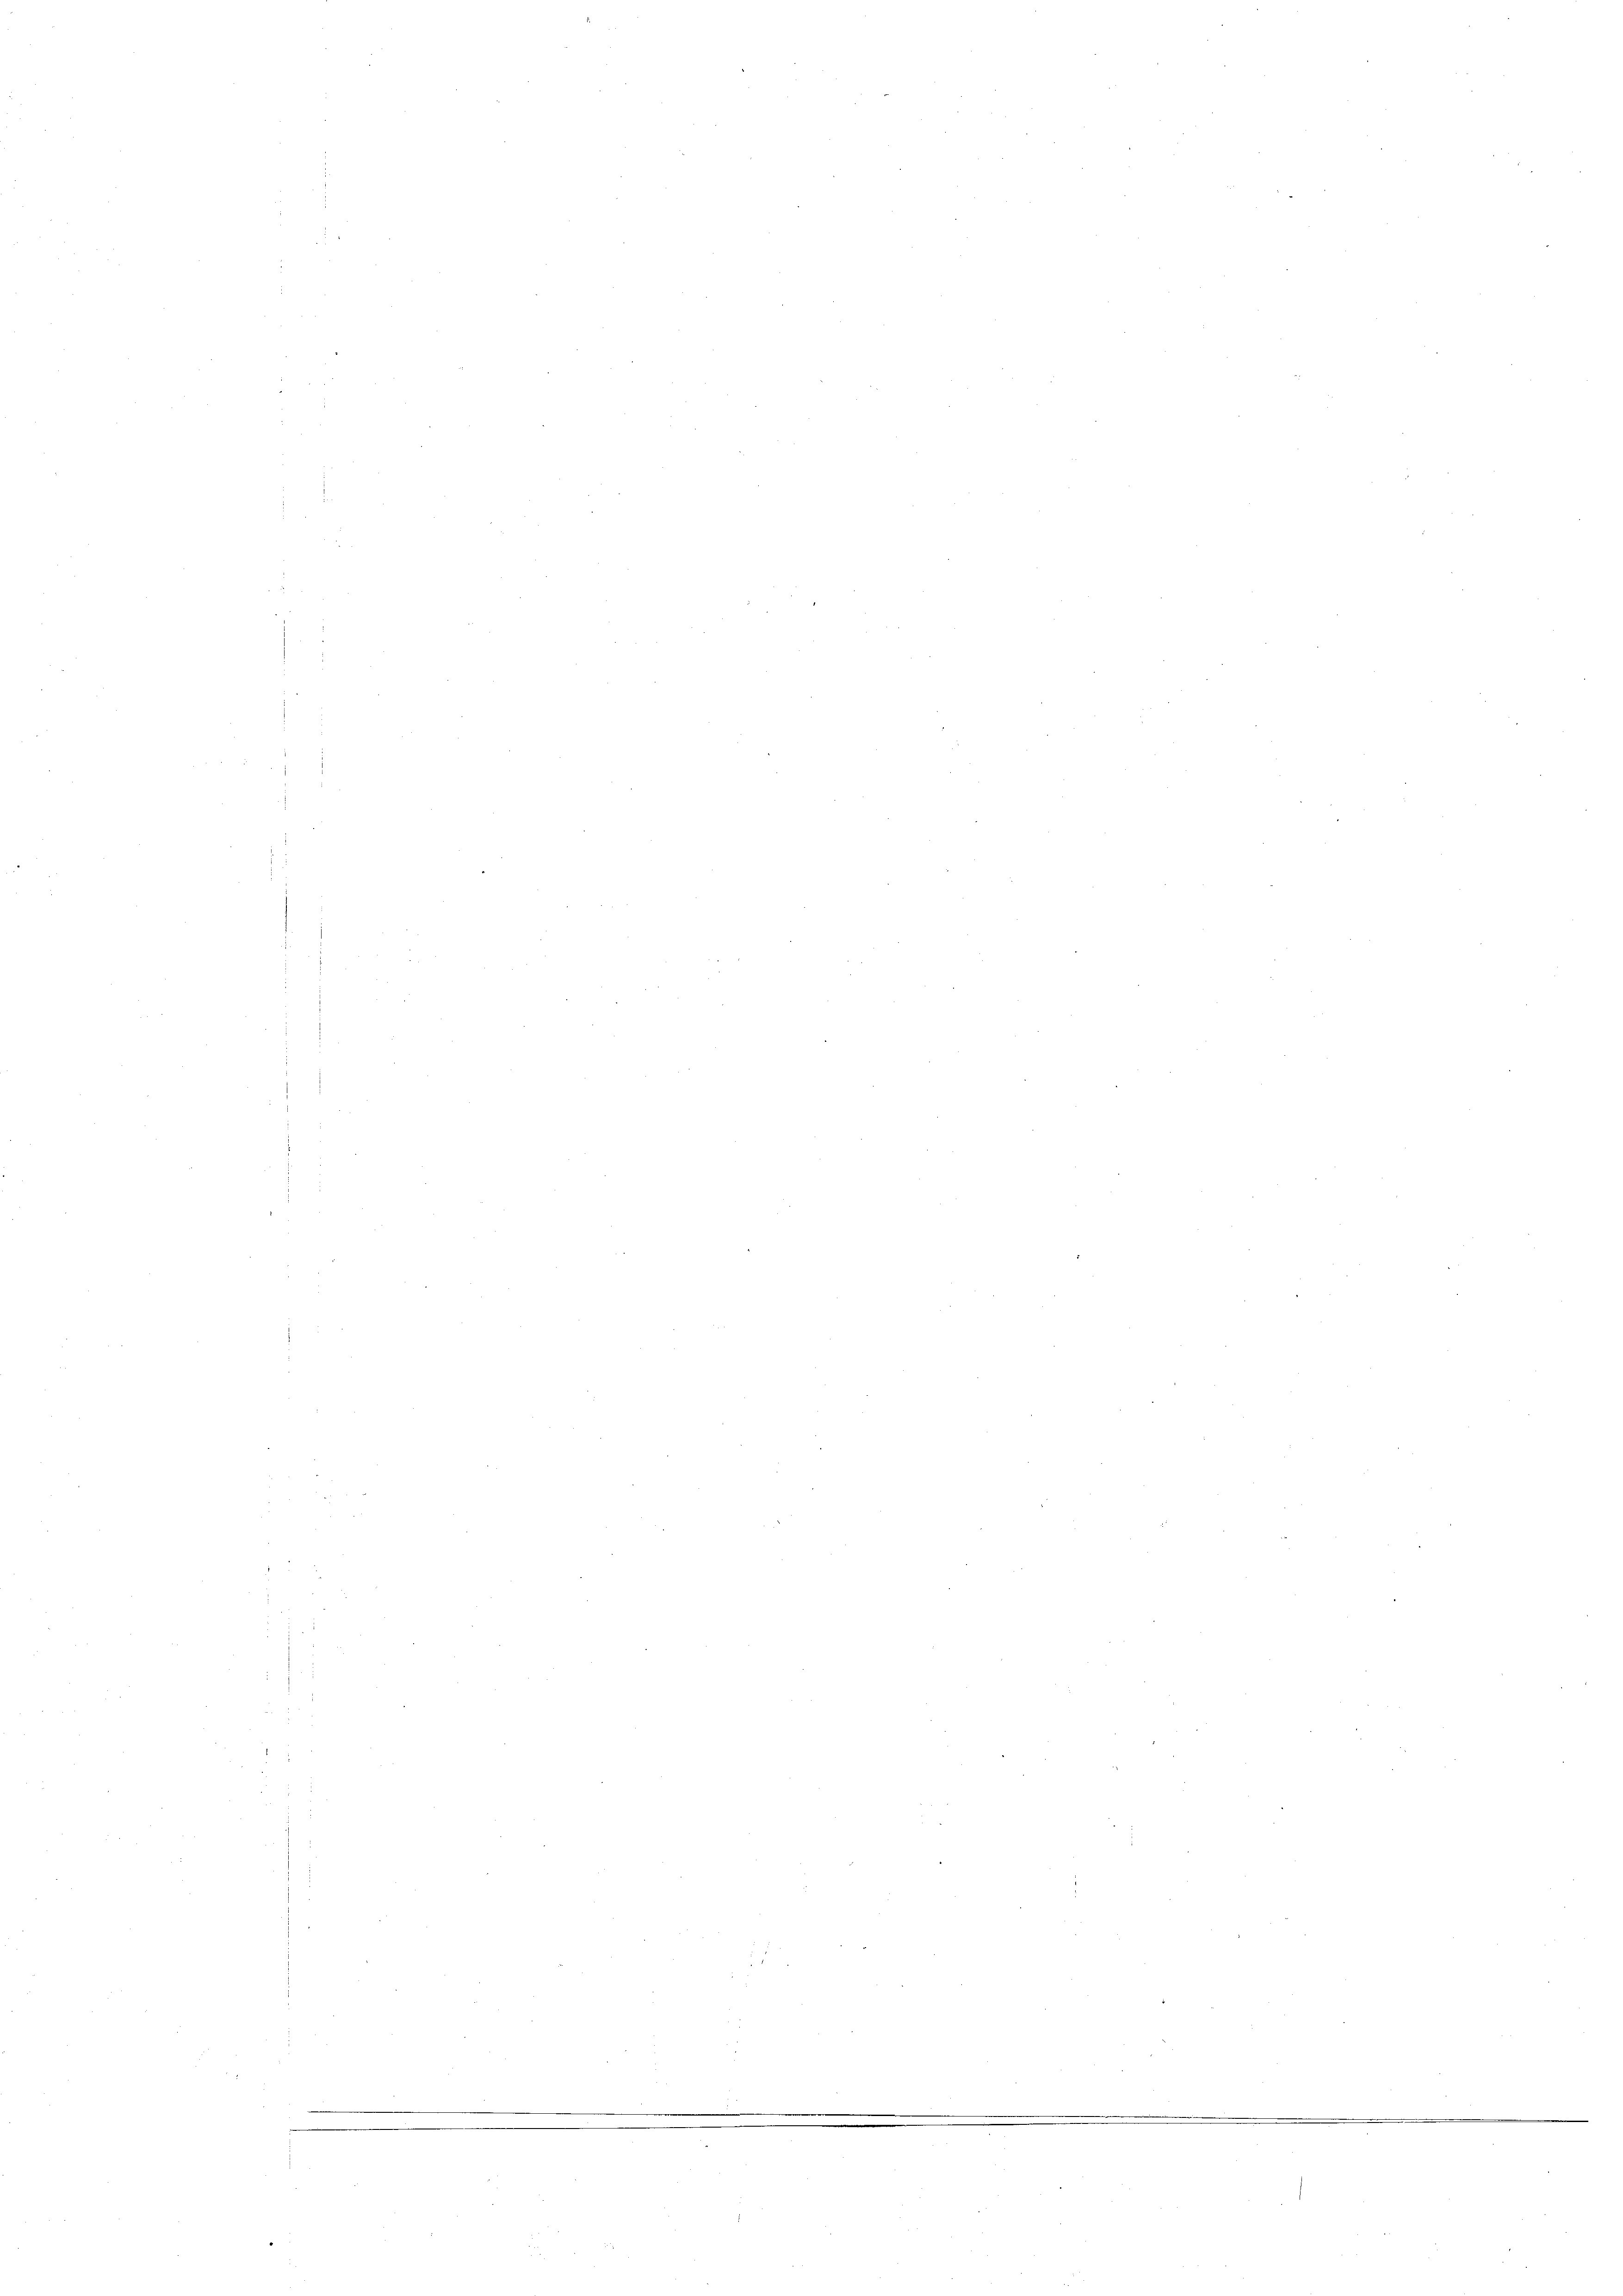
u

55

n

e
¬
n
n

f
.
n

5
5
n
n

.
1
E
i

e

¬
s

e

e

e
¬
t
e
a
8 x
¬
.
d
n
.

d

e

e
n
e
i
.

e